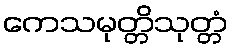
ကေသမုတ္တိသုတ္တံ